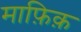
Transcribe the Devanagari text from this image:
माफ़िक़